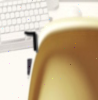
٦